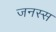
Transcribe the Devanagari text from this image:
जनस्स